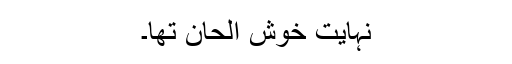
نہایت خوش الحان تھا۔